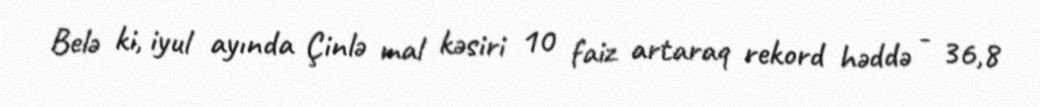
Belə ki, iyul ayında Çinlə mal kəsiri 10 faiz artaraq rekord həddə - 36,8